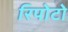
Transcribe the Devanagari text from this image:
रिपोटो